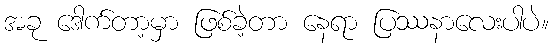
အခု ဒေါက်တာ့မှာ ဖြစ်ခဲ့တာ နေရာ ပြဿနာလေးပါပဲ။